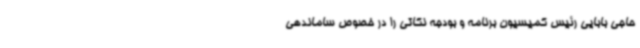
حاجی بابایی رئیس کمیسیون برنامه و بودجه نکاتی را در خصوص ساماندهی